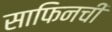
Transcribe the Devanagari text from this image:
साफिनची